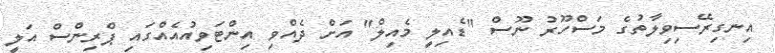
އިނގިރޭސިވިލާތުގެ މަސްހޫރު ނޫސް "ޑެއިލީ މެއިލް" އަށް ދެއްވި އިންޓަވިއުއެއްގައި ޕްރިންސް އަލީ